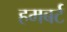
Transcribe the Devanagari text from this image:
हमबर्ट